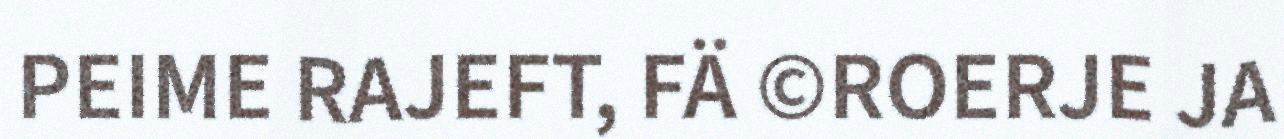
PEIME RAJEFT, FÄ ©ROERJE JA